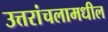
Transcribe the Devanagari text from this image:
उत्तरांचलामधील